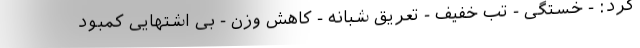
کرد: - خستگی - تب خفیف - تعریق شبانه - کاهش وزن - بی اشتهایی کمبود